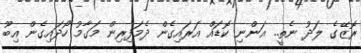
ރޮޒޭގެ ލަދު ނެތީ.. އަންނި ކޮޑައް އަރައިގެން ދެމަފިރިން މަގާމު ހޯދައިގެން އިބޫ